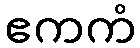
ဧကကံ